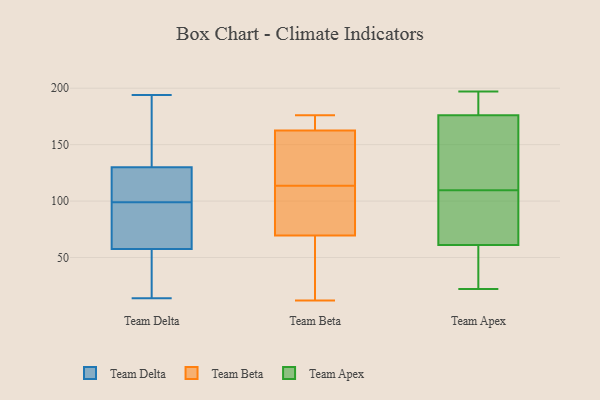
{"axis": {"x": "Active Users", "y": "Value"}, "legend": ["Team Apex", "Team Beta", "Team Delta"], "data": [{"x": "", "y": 101, "type": "Team Delta"}, {"x": "", "y": 93, "type": "Team Delta"}, {"x": "", "y": 97, "type": "Team Delta"}, {"x": "", "y": 14, "type": "Team Delta"}, {"x": "", "y": 51, "type": "Team Delta"}, {"x": "", "y": 21, "type": "Team Delta"}, {"x": "", "y": 66, "type": "Team Delta"}, {"x": "", "y": 136, "type": "Team Delta"}, {"x": "", "y": 185, "type": "Team Delta"}, {"x": "", "y": 57, "type": "Team Delta"}, {"x": "", "y": 102, "type": "Team Delta"}, {"x": "", "y": 58, "type": "Team Delta"}, {"x": "", "y": 124, "type": "Team Delta"}, {"x": "", "y": 194, "type": "Team Delta"}, {"x": "", "y": 193, "type": "Team Delta"}, {"x": "", "y": 122, "type": "Team Delta"}, {"x": "", "y": 12, "type": "Team Beta"}, {"x": "", "y": 151, "type": "Team Beta"}, {"x": "", "y": 96, "type": "Team Beta"}, {"x": "", "y": 72, "type": "Team Beta"}, {"x": "", "y": 107, "type": "Team Beta"}, {"x": "", "y": 163, "type": "Team Beta"}, {"x": "", "y": 175, "type": "Team Beta"}, {"x": "", "y": 22, "type": "Team Beta"}, {"x": "", "y": 162, "type": "Team Beta"}, {"x": "", "y": 106, "type": "Team Beta"}, {"x": "", "y": 175, "type": "Team Beta"}, {"x": "", "y": 176, "type": "Team Beta"}, {"x": "", "y": 66, "type": "Team Beta"}, {"x": "", "y": 136, "type": "Team Beta"}, {"x": "", "y": 67, "type": "Team Beta"}, {"x": "", "y": 120, "type": "Team Beta"}, {"x": "", "y": 79, "type": "Team Apex"}, {"x": "", "y": 34, "type": "Team Apex"}, {"x": "", "y": 197, "type": "Team Apex"}, {"x": "", "y": 194, "type": "Team Apex"}, {"x": "", "y": 180, "type": "Team Apex"}, {"x": "", "y": 137, "type": "Team Apex"}, {"x": "", "y": 61, "type": "Team Apex"}, {"x": "", "y": 70, "type": "Team Apex"}, {"x": "", "y": 179, "type": "Team Apex"}, {"x": "", "y": 147, "type": "Team Apex"}, {"x": "", "y": 167, "type": "Team Apex"}, {"x": "", "y": 176, "type": "Team Apex"}, {"x": "", "y": 124, "type": "Team Apex"}, {"x": "", "y": 95, "type": "Team Apex"}, {"x": "", "y": 55, "type": "Team Apex"}, {"x": "", "y": 83, "type": "Team Apex"}, {"x": "", "y": 49, "type": "Team Apex"}, {"x": "", "y": 22, "type": "Team Apex"}]}